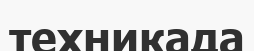
техникада